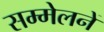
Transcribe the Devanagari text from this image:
सम्मेलनें